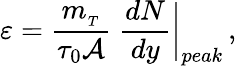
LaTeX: {\mathbf\varepsilon}={\frac{m_{_T}}{\tau_{0}\cal{A}}}\; {\frac{dN}{dy}}\biggr|_{peak}\, ,